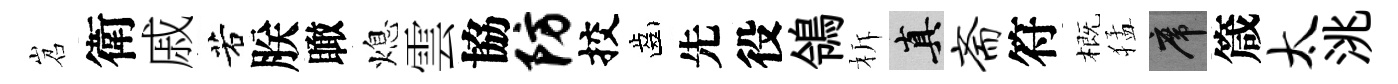
岧衛戚若朕瞰熄雲協防挍齒先役鴒柝真斋符概猛席箴太洮